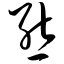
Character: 熊